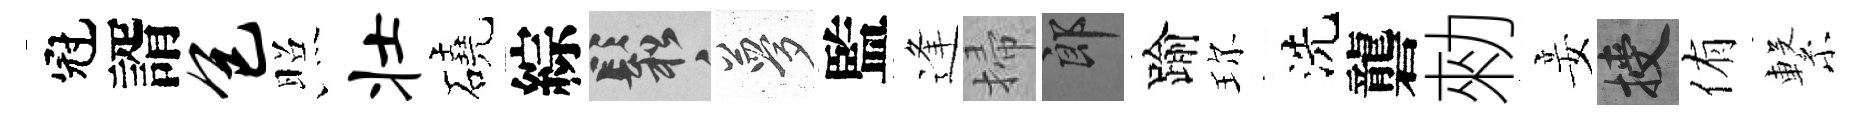
冠諝包照壮磽綜鬆夢監逢掃郎踰珎洗礱勑妾授侑繋